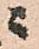
ニ